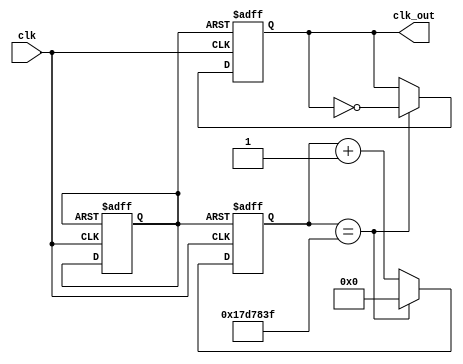
module divisor_clock_50_1(clk_out,clk);
	input clk;
	output reg clk_out;
	reg rst;
	reg [24:0]counter;
	initial
	rst=0;
	
	always@(posedge clk or negedge rst)
	begin
		if(!rst)
		begin
			rst = 1;
			counter = 25'd0;
			clk_out=1'b0;
		end
		else
		if(counter==25'd24_999_999)
		begin
			counter = 25'd0;
			clk_out=~clk_out;
		end
		else
		begin
			counter=counter+1;
		end
	end
endmodule